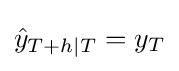
{\hat {y}}_{T+h|T}=y_{T}